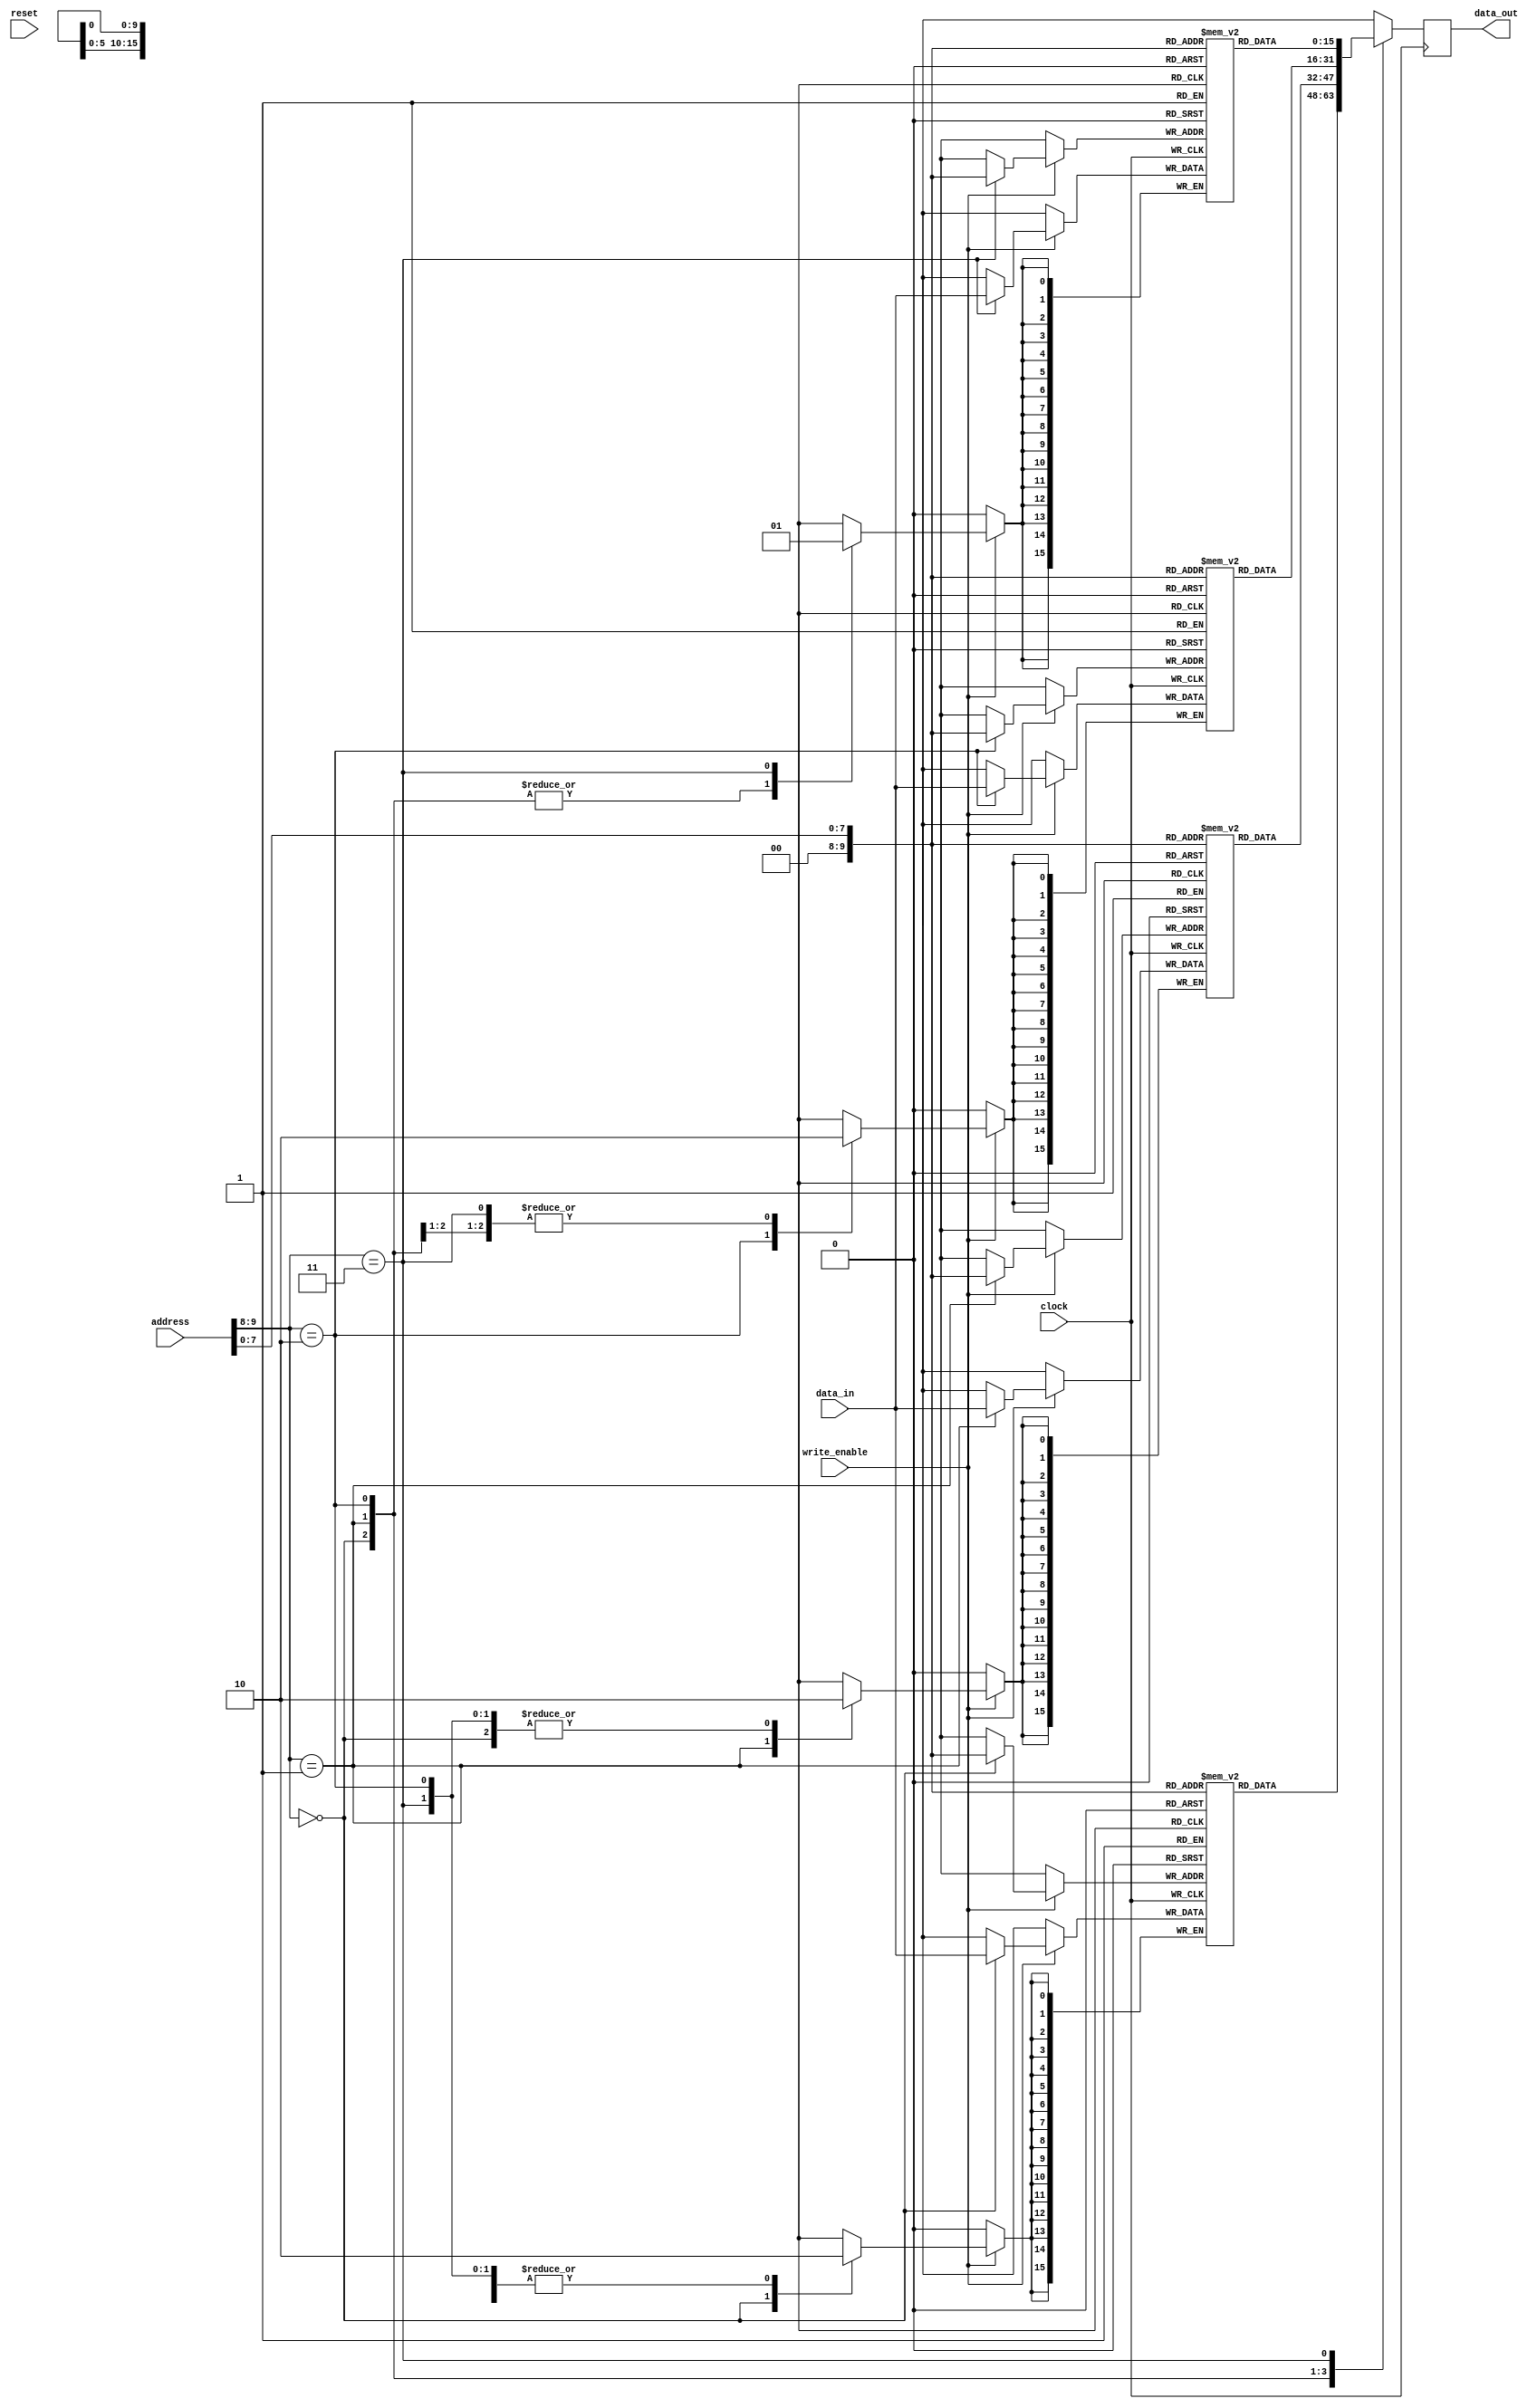
module QDR_SRAM (
    input wire clock,
    input wire reset,
    input wire write_enable,
    input wire [9:0] address,
    input wire [15:0] data_in,
    output reg [15:0] data_out
);

// Memory blocks
reg [15:0] memory_block_0 [1023:0];
reg [15:0] memory_block_1 [1023:0];
reg [15:0] memory_block_2 [1023:0];
reg [15:0] memory_block_3 [1023:0];

// Address decoding logic
wire [1:0] memory_block_select;
assign memory_block_select = address[9:8];

// Read operation
always @(posedge clock) begin
    case (memory_block_select)
        2'b00: data_out <= memory_block_0[address[7:0]];
        2'b01: data_out <= memory_block_1[address[7:0]];
        2'b10: data_out <= memory_block_2[address[7:0]];
        2'b11: data_out <= memory_block_3[address[7:0]];
    endcase
end

// Write operation
always @(posedge clock) begin
    if (write_enable) begin
        case (memory_block_select)
            2'b00: memory_block_0[address[7:0]] <= data_in;
            2'b01: memory_block_1[address[7:0]] <= data_in;
            2'b10: memory_block_2[address[7:0]] <= data_in;
            2'b11: memory_block_3[address[7:0]] <= data_in;
        endcase
    end
end

endmodule